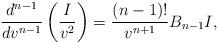
LaTeX: \begin{align*} \frac{d^{n-1}}{dv^{n-1}}\left(\frac{I}{v^2}\right)=\frac{(n-1)!}{v^{n+1}}B_{n-1}I,\end{align*}